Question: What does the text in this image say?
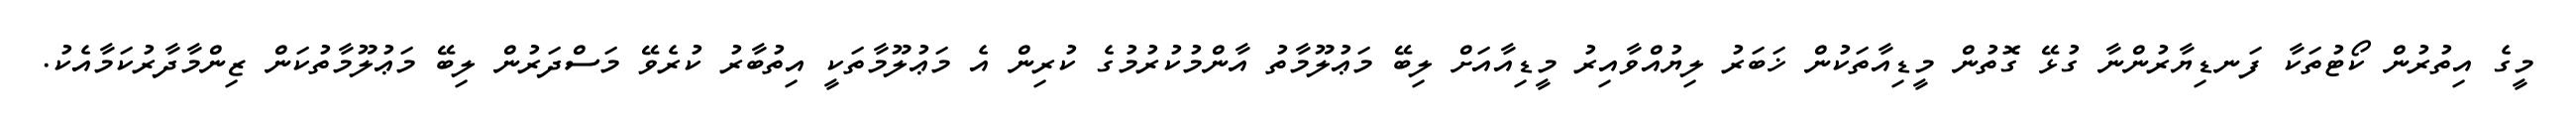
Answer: މީގެ އިތުރުން ކޯޓުތަކާ ފަނޑިޔާރުންނާ ގުޅޭ ގޮތުން މީޑިއާތަކުން ޚަބަރު ލިޔުއްވާއިރު މީޑިއާއަށް ލިބޭ މަޢުލޫމާތު އާންމުކުރުމުގެ ކުރިން އެ މަޢުލޫމާތަކީ އިތުބާރު ކުރެވޭ މަސްދަރުން ލިބޭ މަޢުލޫމާތުކަން ޒިންމާދާރުކަމާއެކު.